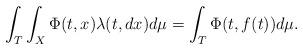
LaTeX: \begin{align*}\int_T \int_X\Phi(t,x)\lambda(t,dx)d\mu=\int_T \Phi(t,f(t))d\mu. \end{align*}